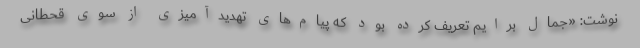
نوشت: «جمال برایم تعریف کرده بود که پیام‌های تهدید‌آمیزی از سوی قحطانی